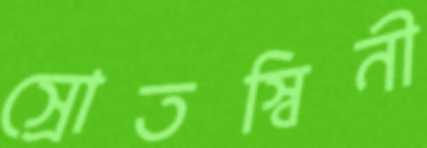
স্রোতস্বিনী